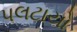
પલટાયો